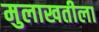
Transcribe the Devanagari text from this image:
मुलाखतीला